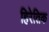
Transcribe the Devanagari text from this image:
हिरेतिक